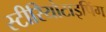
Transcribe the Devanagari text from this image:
स्टीरियोटाइपिंग